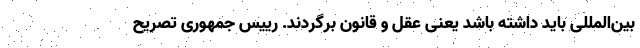
بین‌المللی باید داشته باشد یعنی عقل و قانون برگردند. رییس جمهوری تصریح